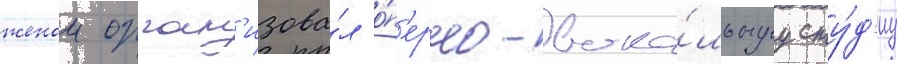
женои орган'изова́л о́п'ерно-вока́льнуу сту́д'иу